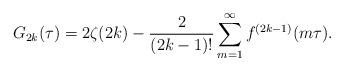
LaTeX: \begin{align*}G_{2k}(\tau) = 2\zeta(2k) - \frac{2}{(2k-1)!}\sum_{m=1}^\infty f^{(2k-1)}(m\tau).\end{align*}